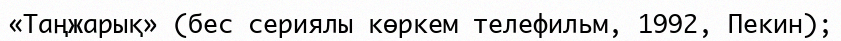
«Таңжарық» (бес сериялы көркем телефильм, 1992, Пекин);